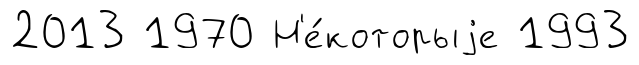
2013 1970 Н'е́которыjе 1993